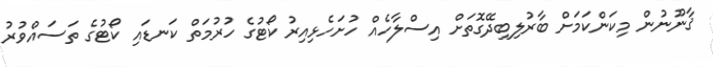
ޤާނޫނުން މިކަންކަމަށް ބާރުލިބިދޭގޮތަށް އިސްލާހެއް ހުށަހެޅިއިރު ކޯޓުގެ ހުރުމަތް ކަނޑައި ކޯޓުގެ ތަސައްވުރު